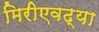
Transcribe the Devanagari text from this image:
मिरीएवढ्या